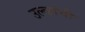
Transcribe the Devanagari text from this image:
उल्कांची